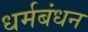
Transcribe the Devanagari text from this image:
धर्मबंधन